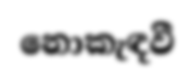
නොකැඳවී